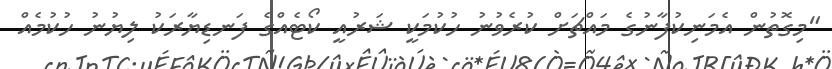
"މިގޮތުން އެމަނިކުފާނުގެ މައްޗަށް ކުރެވުނު ހުކުމަކީ ޝަރުއީ ކޯޓެއްގެ ފަނޑިޔާރަކު ލިޔުނު ހުކުމެއް